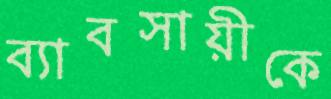
ব্যাবসায়ীকে